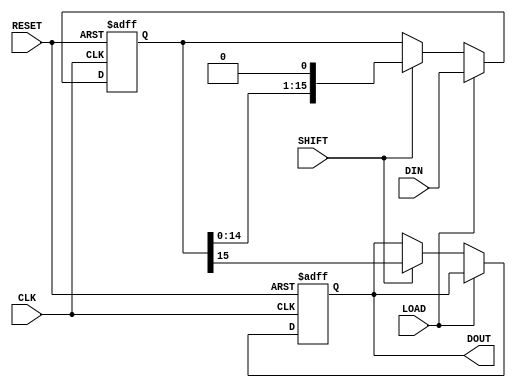
module PISO_Register (
    input wire [15:0] DIN,        // 16-bit data input
    input wire LOAD,              // Load control signal
    input wire SHIFT,             // Shift control signal
    input wire CLK,               // Clock signal
    input wire RESET,             // Reset signal, active high
    output reg DOUT               // Serial output
);

    reg [15:0] shift_reg;         // 16-bit shift register

    // Always block for loading and shifting based on clock
    always @(posedge CLK or posedge RESET) begin
        if (RESET) begin
            shift_reg <= 16'b0;    // Clear the register on reset
            DOUT <= 1'b0;          // Ensure DOUT is low on reset
        end else begin
            if (LOAD) begin
                shift_reg <= DIN;   // Load data into the register
            end else if (SHIFT) begin
                DOUT <= shift_reg[15]; // Output the MSB to DOUT
                shift_reg <= {shift_reg[14:0], 1'b0}; // Shift right
            end
            // If neither LOAD nor SHIFT are asserted, retain current state
        end
    end

endmodule